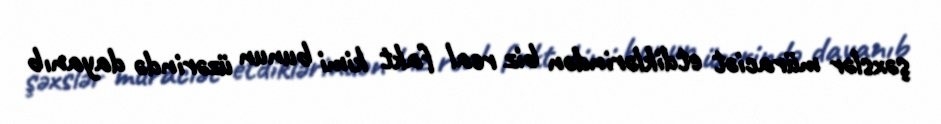
şəxslər müraciət etdiklərindən biz real fakt kimi bunun üzərində dayanıb